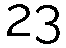
23